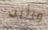
ورأيت